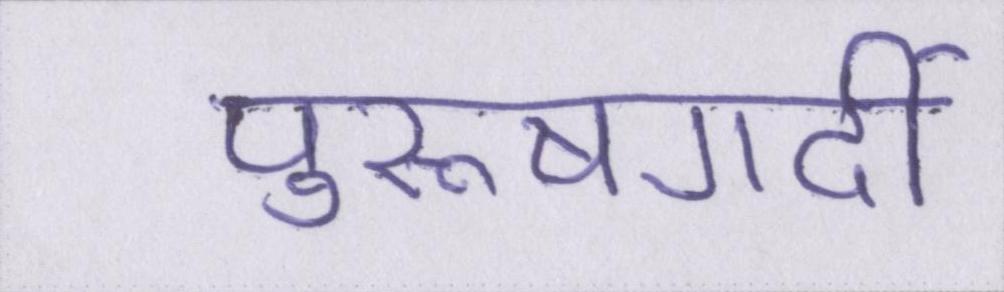
पुरूषगर्दी